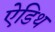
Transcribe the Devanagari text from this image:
ऐडिथ